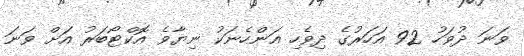
ވަނަ ދުވަހު 92 އަހަރުގެ ދިވެހި އަންހެނަކު ނިޔާވެ އޮކްޓޯބަރު އަށް ވަނަ